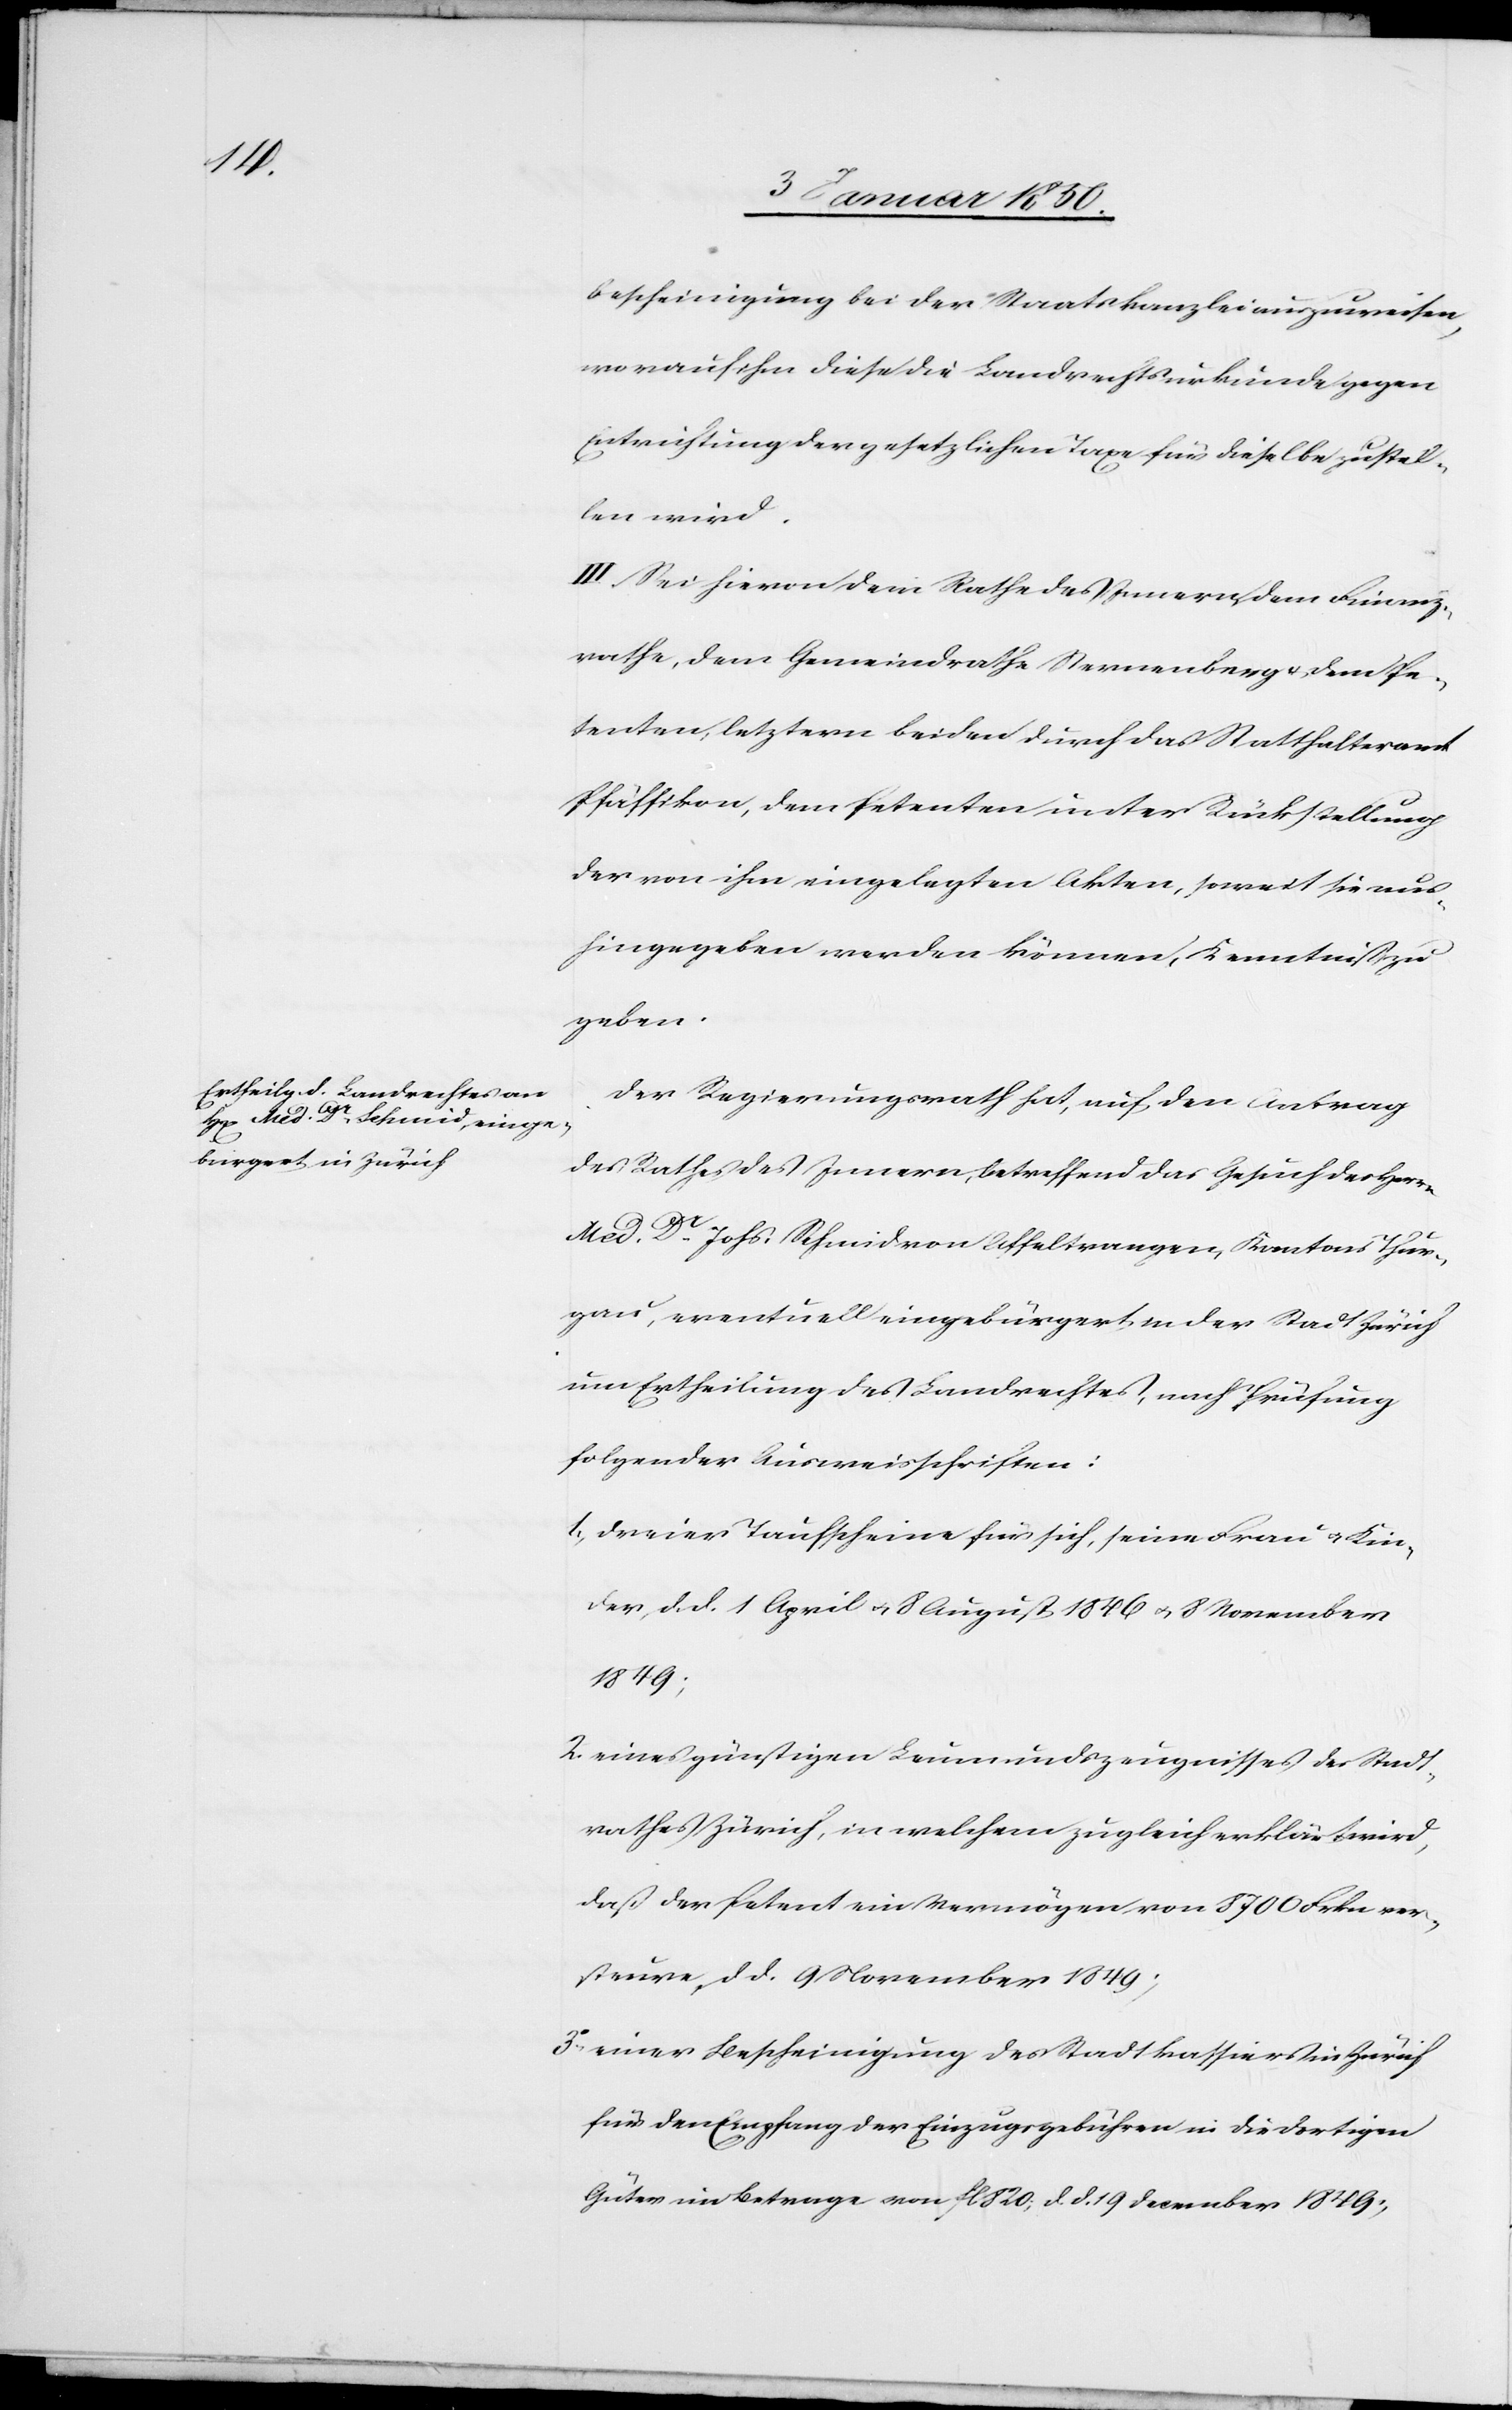
bescheinigung bei der Staatskanzlei auszuweisen,
woraufhin diese die Landrechtsurkunde gegen
Entrichtung der gesetzlichen Taxe für dieselbe zustel¬
len wird.
III. Sei hievon dem Rathe des Innern, dem Finanz¬
rathe, dem Gemeindrathe Sternenberg u. dem Pe¬
tenten, letztern beiden durch das Statthalteramt
Pfäffikon, dem Petenten unter Rückstellung
der von ihm eingelegten Akten, soweit sie aus¬
hingegeben werden können, Kenntniß zu
geben.
Der Regierungsrath hat, auf den Antrag
des Rathes des Innern, betreffend das Gesuch des Herrn
Med. Dr Johs. Schmid von Affeltrangen, Kantons Thur¬
gau, eventuell eingebürgert in der Stadt Zürich
um Ertheilung des Landrechtes, nach Prüfung
folgender Ausweisschriften:
1. Dreier Taufscheine für sich, seine Frau u. Kin¬
der, d. d. 1 April u. 8 August 1846 u. 8 November
1849;
2. eines günstigen Leumundszeugnisses des Stadt¬
rathes Zürich, in welchem zugleich erklärt wird,
daß der Petent ein Vermögen von 8700 Frkn ver¬
steure, d. d. 9 November 1849;
3o einer Bescheinigung des Stadtkassiers in Zürich
für den Empfang der Einzugsgebühren in die dortigen
Güter im Betrage von Fl 820., d. d. 19 December 1849;